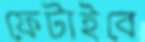
ফেটাইবে